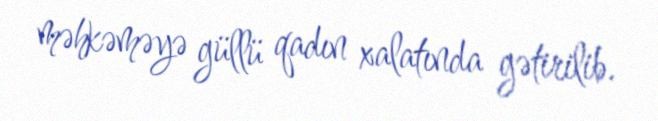
məhkəməyə güllü qadın xalatında gətirilib.